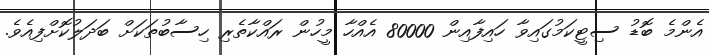
އެންމެ ބޮޑު ސިޓީކަމުގައިވާ ހައިފާއިން 80000 އެއްހާ މީހުން ރައްކާތެރި ހިސާބުތަކަށް ބަދަލުކޮށްފިއެވެ.